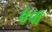
ધવા